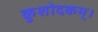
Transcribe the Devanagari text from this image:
कुशोदकम्।